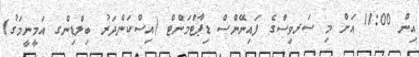
އިން 11:00 އަށް މި ސަރވިސްގެ ފައިނޭންސް ޑިޕާޓްމަންޓް (އިސްކަންދަރު ބިލްޑިންގ އަމީނީމަގު)